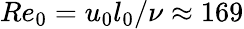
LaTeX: Re_{0}=u_{0}l_{0}/\nu\approx 169